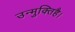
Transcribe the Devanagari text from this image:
उन्मुक्तिहै।